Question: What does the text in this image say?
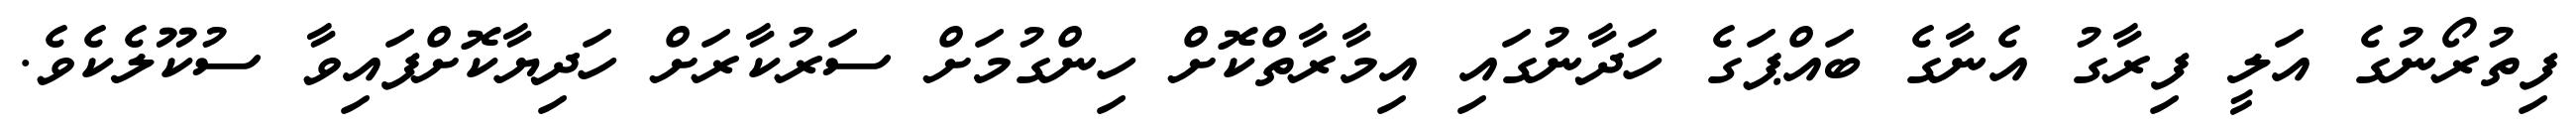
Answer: ފިތުރޯނުގެ އަލީ ފިރާގު އެނާގެ ބައްޕަގެ ހަދާނުގައި އިމާރާތްކޮށް ހިންގުމަށް ސަރުކާރަށް ހަދިޔާކޮށްފައިވާ ސުކޫލެކެވެ.